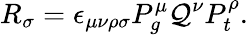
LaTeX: R_{\sigma}=\epsilon_{\mu\nu\rho\sigma}P_{g}^{\mu}\mathcal{Q}^{\nu}P_{t}^{\rho}.